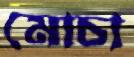
মোচা